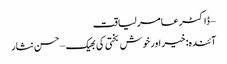
– ڈاکٹر عامر لیاقت
آئندہ: خیر اور خوش بختی کی بھیک – حسن نثار